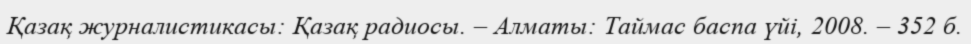
Қазақ журналистикасы: Қазақ радиосы. – Алматы: Таймас баспа үйі, 2008. – 352 б.